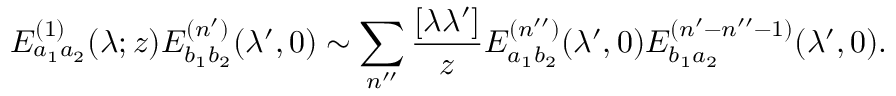
E _ { a _ { 1 } a _ { 2 } } ^ { ( 1 ) } ( \lambda ; z ) E _ { b _ { 1 } b _ { 2 } } ^ { ( n ^ { \prime } ) } ( \lambda ^ { \prime } , 0 ) \sim \sum _ { n ^ { \prime \prime } } \frac { [ \lambda \lambda ^ { \prime } ] } { z } E _ { a _ { 1 } b _ { 2 } } ^ { ( n ^ { \prime \prime } ) } ( \lambda ^ { \prime } , 0 ) E _ { b _ { 1 } a _ { 2 } } ^ { ( n ^ { \prime } - n ^ { \prime \prime } - 1 ) } ( \lambda ^ { \prime } , 0 ) .